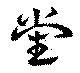
党